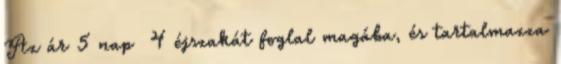
Az ár 5 nap 4 éjszakát foglal magába, és tartalmazza